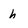
Character: h